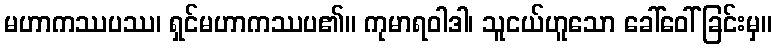
မဟာကဿပဿ၊ ရှင်မဟာကဿပ၏။ ကုမာရဝါဒါ၊ သူငယ်ဟူသော ခေါ်ဝေါ်ခြင်းမှ။